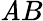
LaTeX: \mathit{A}B